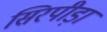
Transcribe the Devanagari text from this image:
सिरपीड़ा